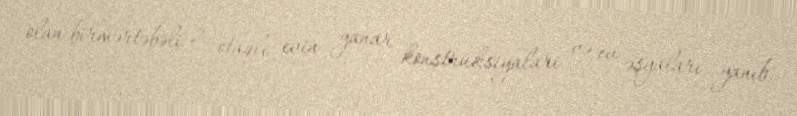
olan birmərtəbəli 2 otaqlı evin yanar konstruksiyalari və ev əşyaları yanıb.